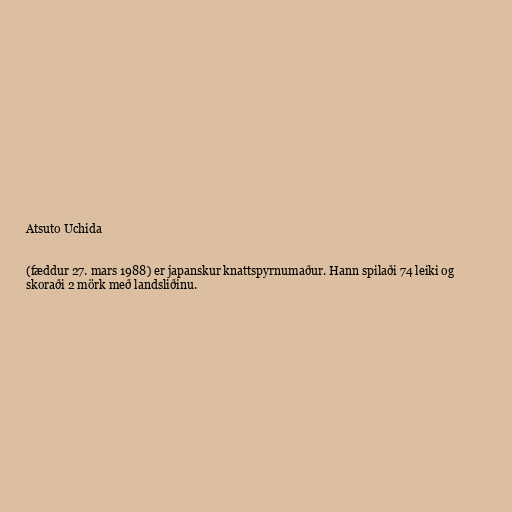
Atsuto Uchida

(fæddur 27. mars 1988) er japanskur knattspyrnumaður. Hann spilaði 74 leiki og
skoraði 2 mörk með landsliðinu.